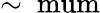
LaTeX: \sim\mathrm{\ mum}